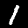
Label: 1